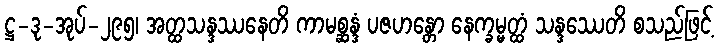
ဋ္ဌ-ဒု-အုပ်-၂၉၅၊ အတ္ထသန္ဒဿနေတိ ကာမစ္ဆန္ဒံ ပဇဟန္တော နေက္ခမ္မတ္ထံ သန္ဒဿေတိ စသည်ဖြင့်